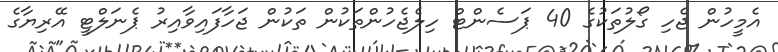
އެމީހުން ޖެހި ގޯލުތަކުގެ 40 ޕަސެންޓް ހިލެޖެހުންތަކުން ތަކުން ޖަހާފައިވާއިރު ޕެނަލްޓީ އޭރިޔާގެ